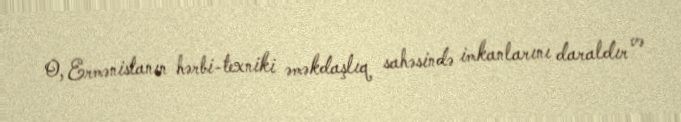
O, Ermənistanın hərbi-texniki əməkdaşlıq sahəsində imkanlarını daraldır və